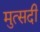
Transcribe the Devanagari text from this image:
मुत्सदी